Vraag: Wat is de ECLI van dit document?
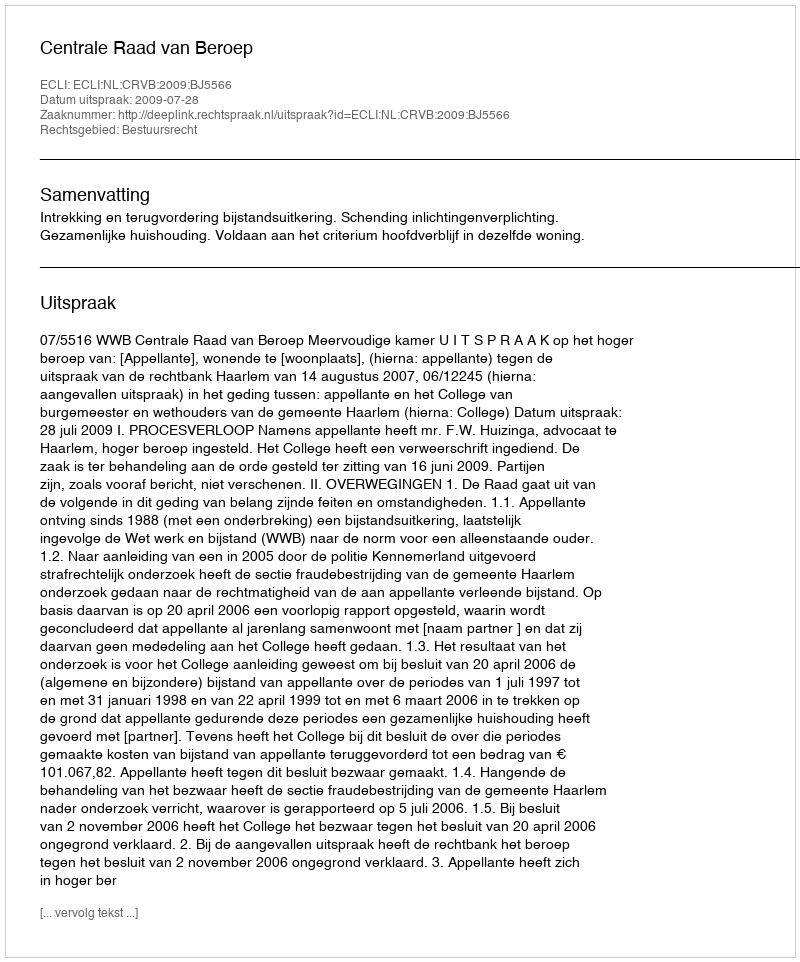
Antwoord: ECLI:NL:CRVB:2009:BJ5566